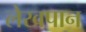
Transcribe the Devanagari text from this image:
लेखपान